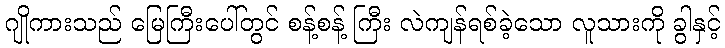
ဂျိုကားသည် မြေကြီးပေါ်တွင် စန့်စန့် ကြီး လဲကျန်ရစ်ခဲ့သော လူသားကို ခွါနှင့်